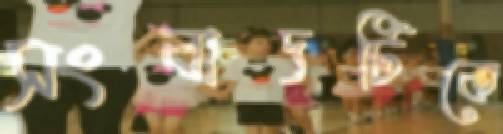
সংবাদটিকে